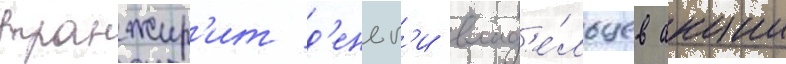
транжир'ит д'еньг'и влад'е́льцев акции